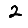
Digit: 2